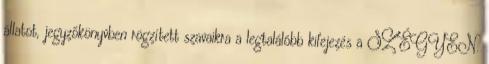
állatot, jegyzőkönyvben rögzített szavaikra a legtalálóbb kifejezés a SZÉGYEN.